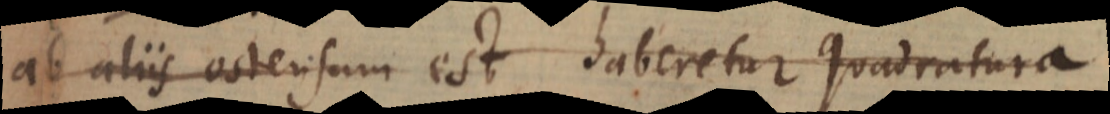
ab aliis ostensum est haberetur quadratura